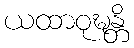
ယထာဝုဍ္ဎန္တိ